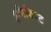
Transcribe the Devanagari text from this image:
इमिजिएट